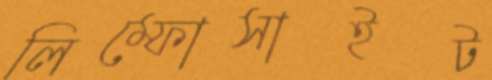
লিম্ফোসাইট